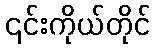
၎င်းကိုယ်တိုင်